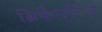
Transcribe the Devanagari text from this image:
ब्रिकेनरिज